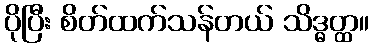
ပိုပြီး စိတ်ထက်သန်တယ် သိဒ္ဓတ္ထ။